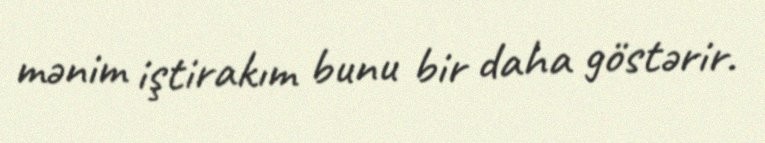
mənim iştirakım bunu bir daha göstərir.